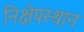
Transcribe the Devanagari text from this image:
निक्षेपस्थान